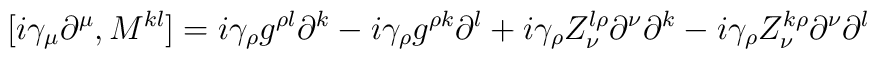
[i\gamma_{\mu} \partial^{\mu}, M^{kl}]=i\gamma_{\rho}g^{\rho l}\partial^{k}-i\gamma_{\rho}g^{\rho k}\partial^{l}+i\gamma_{\rho} Z^{l \rho}_{\nu} \partial^{\nu} \partial^{k}-i\gamma_{\rho} Z^{k \rho}_{\nu} \partial^{\nu} \partial^{l}